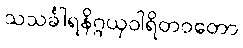
သသင်္ခါရနိဂ္ဂယှဝါရိတဝတော